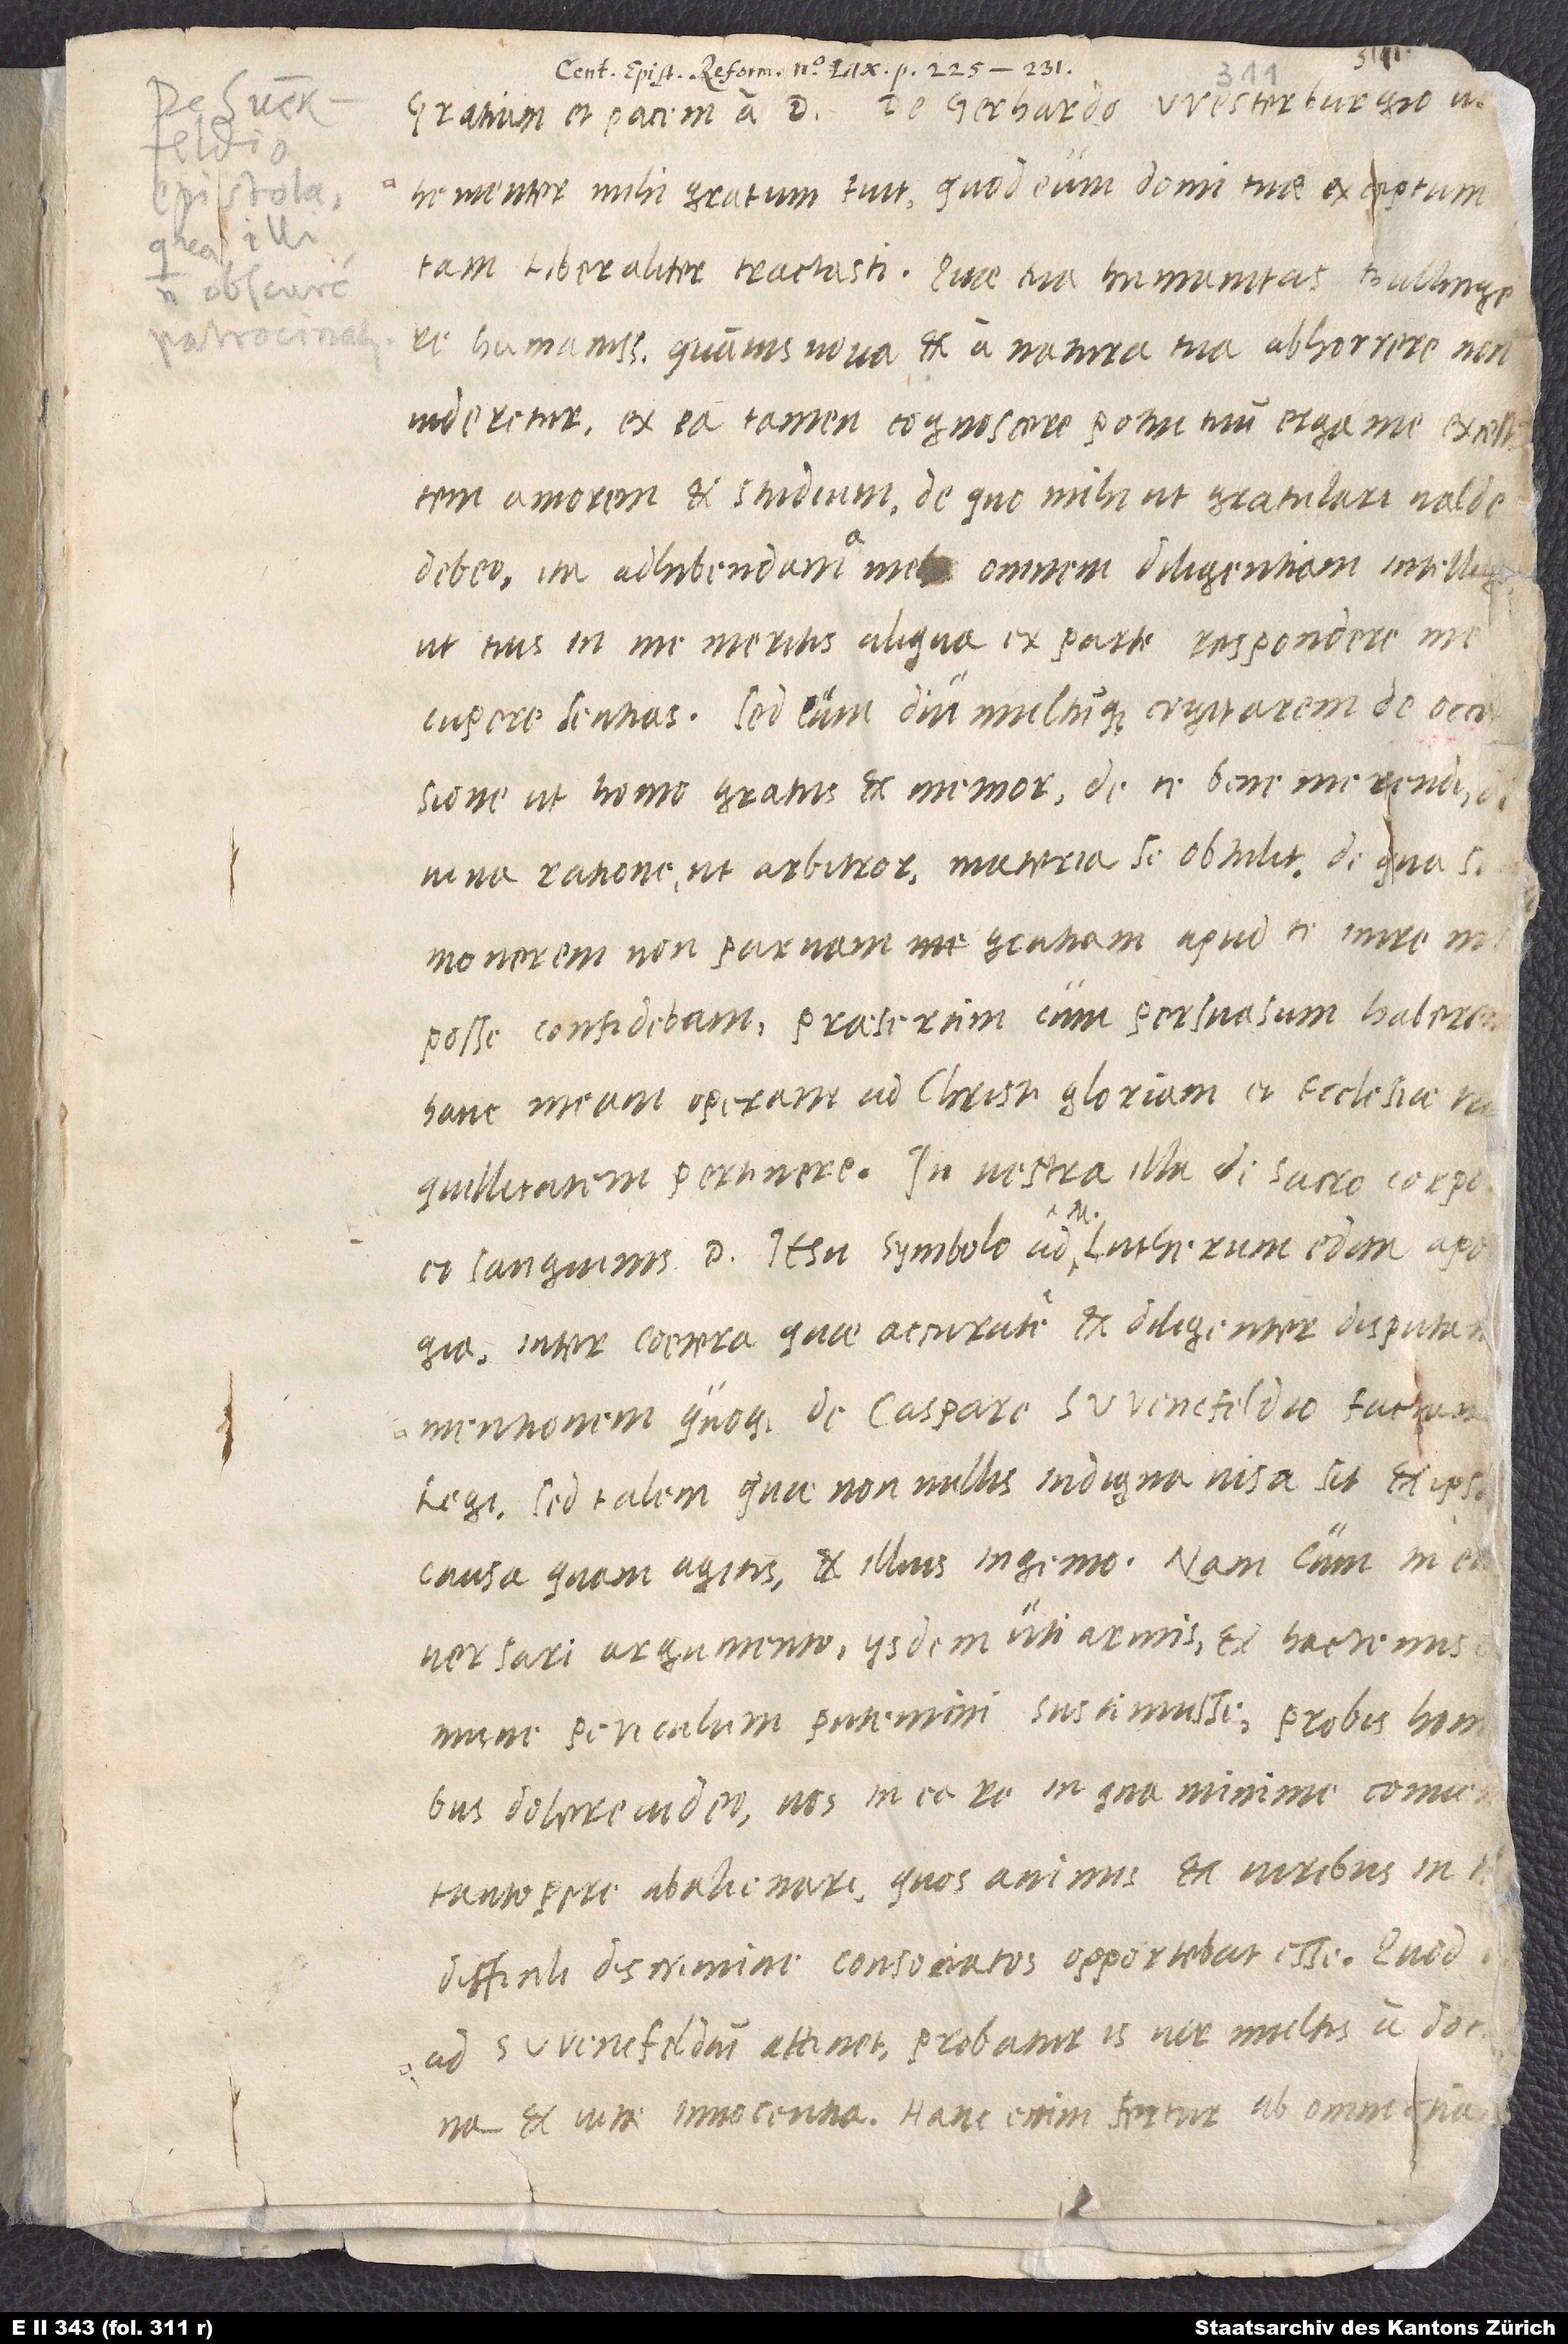
Gratiam et pacem a domino. De Gerhardo Westerburgio
vehementer mihi gratum fuit, quod eum domi tuae exceptum
tam liberaliter tractasti; quae tua humanitas, Bullingere
humanissime, quamvis nova et a natura tua abhorrere non
videretur, ex ea tamen cognoscere potui tuum erga me excellentem
amorem et studium; de quo mihi ut gratulari valde
debeo, ita adhibendam a me omnem diligentiam intelli,
ut tuis in me meritis aliqua ex parte respondere me
cupere sentias. Sed cum diu multumque cogitarem de occasione
ut homo gratus et memor, de te bene merendi
divina ratione, ut arbitror, materia se obtulit, de qua, si
quillitatem pertinere. In vestra illa de sacro corporis
et sanguinis d. Iesu symbolo ad M. Lutherum edita apologia
inter coetera, quae accurate et diligenter disputat